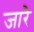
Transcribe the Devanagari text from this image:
जारै